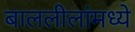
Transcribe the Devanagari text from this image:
बाललीलांमध्ये